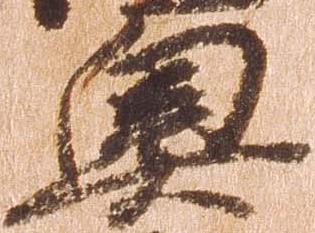
奥